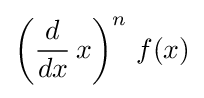
\left({\frac {d}{dx}}\,x\right)^{n}\,f(x)